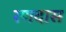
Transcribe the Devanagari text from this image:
रणदास